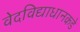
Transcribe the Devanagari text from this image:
वेदविद्याधानकडे